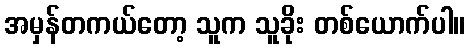
အမှန်တကယ်တော့ သူက သူခိုး တစ်ယောက်ပါ။